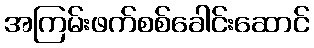
အကြမ်းဖက်စစ်ခေါင်းဆောင်